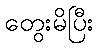
တွေးမိပြီး